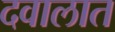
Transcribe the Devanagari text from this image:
दवालात